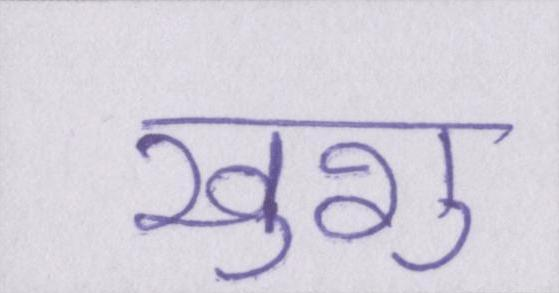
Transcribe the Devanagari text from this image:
खुशु